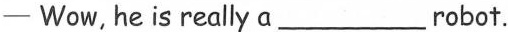
—Wow, he is really a___robot.